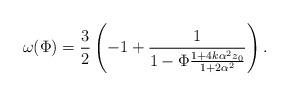
LaTeX: \begin{align*}\omega(\Phi)=\frac{3}{2}\left( - 1+\frac{1}{1- \Phi\frac{1+4k\alpha^2z_0}{1+2\alpha^2}} \right).\end{align*}